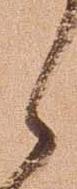
候